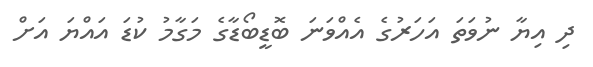
ދި އިޔާ ނުވަތަ އަހަރުގެ އެއްވަނަ ބޮޑީބޯޑާގެ މަގާމު ކުޑަ އައްޔަ އަށް